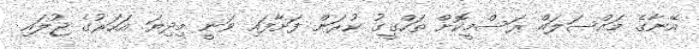
އޭނާގެ މައްސަލައް ރަސްމީކޮށް ތަހްގީގު ކުރަން ފަށާފައި ވަނީ މިދިޔަ އަހަރުގެ ޖުލައި